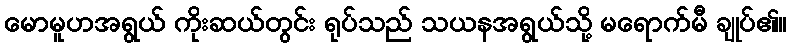
မောမူဟအရွယ် ကိုးဆယ်တွင်း ရုပ်သည် သယနအရွယ်သို့ မရောက်မီ ချုပ်၏။